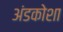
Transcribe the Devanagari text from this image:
अंडकोशा